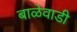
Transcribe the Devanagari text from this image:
बाळेवाडी